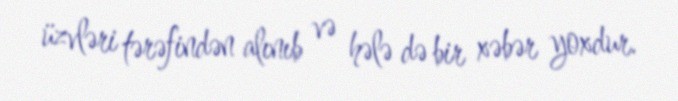
üzvləri tərəfindən alınıb və hələ də bir xəbər yoxdur.